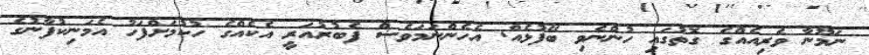
ނަމޫނާ ވެރިއެއްގެ ގޮތުގައި ހުންނެވި ބޭފުޅެއް